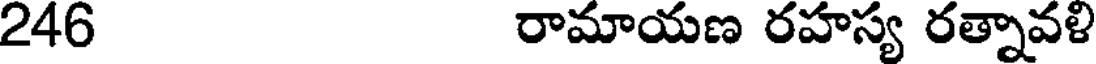
246 రామాయణ రహస్య రత్నావళి